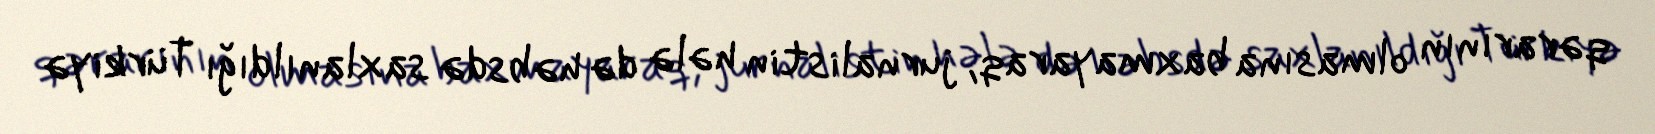
qərarının olmasına baxmayaraq, jurnalistin hələ də həbsdə saxlanıldığı Türkiyə